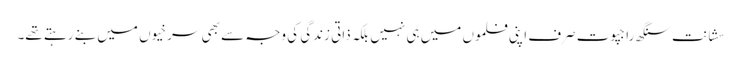
سشانت سنگھ راجپوت صرف اپنی فلموں میں ہی نہیں بلکہ ذاتی زندگی کی وجہ سے بھی سرخیوں میں بنے رہتے تھے۔